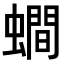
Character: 𧒄